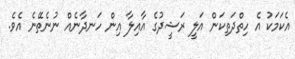
އެކަމަކު އެ ހިތްދަތިކަން އަލީ ރަޝީދުގެ އާއިލާ އިން ހަނދާނެއް ނުނެތޭނެ އެވެ.